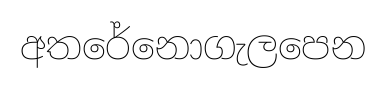
අතරේනොගැලපෙන